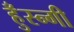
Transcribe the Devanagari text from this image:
हुँस्न्गी